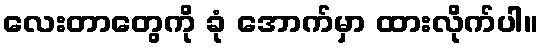
လေးတာတွေကို ခုံ အောက်မှာ ထားလိုက်ပါ။